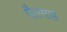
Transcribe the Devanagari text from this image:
पैतमाह